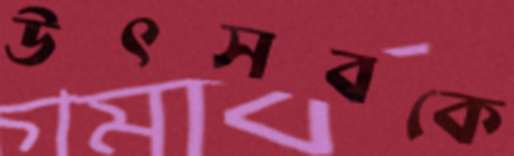
উৎসবকে